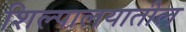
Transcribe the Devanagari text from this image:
शिल्पालयातील